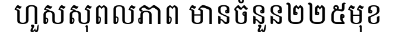
ហួសសុពលភាព មានចំនួន២២៥មុខ